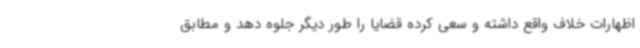
اظهارات خلاف واقع داشته و سعی کرده قضایا را طور دیگر جلوه دهد و مطابق